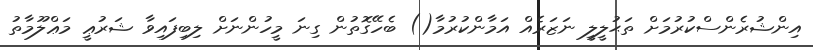
އިންޝުރެންސްކުރުމަށް ތަޙުލީލީ ނަޒަރެއް އަމާންކުރުމާ() ބެހޭގޮތުން ގިނަ މީހުންނަށް ލިބިފައިވާ ޝަރުޢީ މަޢްލޫމާތު